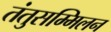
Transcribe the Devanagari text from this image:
तंतुसम्मिलन